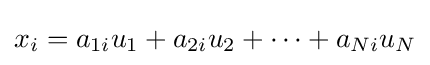
x_{i}=a_{1i}u_{1}+a_{2i}u_{2}+\dots +a_{Ni}u_{N}